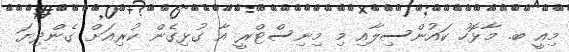
މިއީ ބ. މާޅޮހު ކައުންސިލާއި މި މިނިސްޓްރީ އާ ގުޅިގެން ކުރިއަށް ގެންދިޔަ